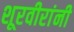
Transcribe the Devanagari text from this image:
शूरवीरांनी